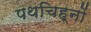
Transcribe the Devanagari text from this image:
पथचिह्नों